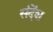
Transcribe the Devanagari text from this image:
संदेंश